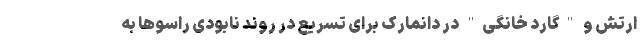
ارتش و "گارد خانگی" در دانمارک برای تسریع در روند نابودی راسوها به